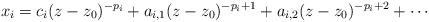
LaTeX: \begin{align*}x_i = c_i(z-z_0)^{-p_i} + a_{i,1}(z-z_0)^{-p_i+1}+ a_{i,2}(z-z_0)^{-p_i+2} + \cdots \end{align*}